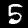
Digit: 5